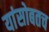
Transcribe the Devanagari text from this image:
यांसोबतच